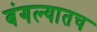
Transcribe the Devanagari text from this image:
बंगल्यातच